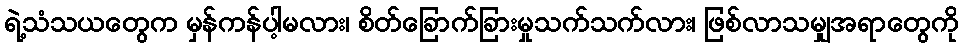
ရဲ့သံသယတွေက မှန်ကန်ပါ့မလား၊ စိတ်ခြောက်ခြားမှုသက်သက်လား၊ ဖြစ်လာသမျှအရာတွေကို